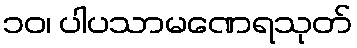
၁၀၊ ပါပသာမဏေရသုတ်